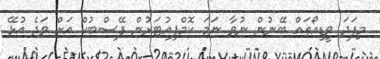
މިފަދަ ވީޑިއޯތައް ބޭނުން ނުވާ ނަމަ ކޮމްޕިއުޓަރުން ފޭސްބުކް އަށް ވަދެ އުޅޭ